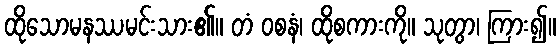
ထိုသောမနဿမင်းသား၏။ တံ ဝစနံ၊ ထိုစကားကို။ သုတွာ၊ ကြား၍။